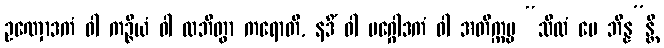
ဥဏှောဒကံ ဝါ ကဉ္ဇိယံ ဝါ လဘိတွာ ကရောတိ, နဒိံ ဝါ မဂ္ဂေါဒကံ ဝါ အတိက္ကမ္မ “သီလံ မေ ဘိန္န”န္တိ